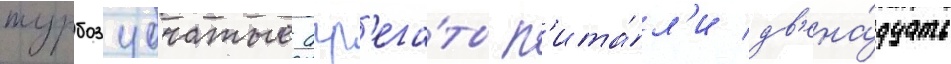
турбозубчатые агр'ега́ты п'ита́л'и дв'ена́дцать